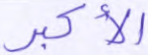
الأكبر